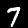
Label: 7